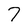
Character: 7